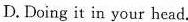
D.Doing it in your head.